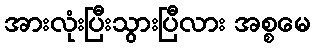
အားလုံးပြီးသွားပြီလား အစ္စမေ